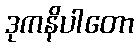
ဒုကနိပါတော